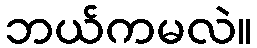
ဘယ်ကမလဲ။